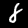
Digit: 8